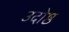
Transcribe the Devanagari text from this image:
उदोष्ठ